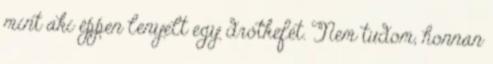
mint aki éppen lenyelt egy drótkefét. Nem tudom, honnan